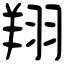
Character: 翔